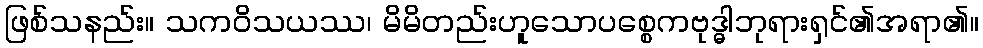
ဖြစ်သနည်း။ သကဝိသယဿ၊ မိမိတည်းဟူသောပစ္စေကဗုဒ္ဓါဘုရားရှင်၏အရာ၏။